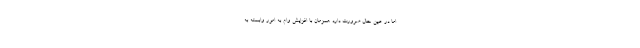
اما در عین حال ضرورت دارد همزمان با افزایش وام به امور وابسته به